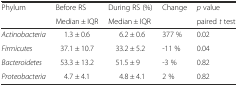
<table><thead><tr><td rowspan="2"><b>Phylum</b></td><td><b>Before RS</b></td><td><b>During RS (%)</b></td><td rowspan="2"><b>Change</b></td><td><b><i>p</i> value</b></td></tr><tr><td><b>Median ± IQR</b></td><td><b>Median ± IQR</b></td><td><b>paired <i>t</i> test</b></td></tr></thead><tbody><tr><td><i>Actinobacteria</i></td><td>1.3 ± 0.6</td><td>6.2 ± 0.6</td><td>377 %</td><td>0.02</td></tr><tr><td><i>Firmicutes</i></td><td>37.1 ± 10.7</td><td>33.2 ± 5.2</td><td>-11 %</td><td>0.04</td></tr><tr><td><i>Bacteroidetes</i></td><td>53.3 ± 13.2</td><td>51.5 ± 9</td><td>-3 %</td><td>0.82</td></tr><tr><td><i>Proteobacteria</i></td><td>4.7 ± 4.1</td><td>4.8 ± 4.1</td><td>2 %</td><td>0.82</td></tr></tbody></table>